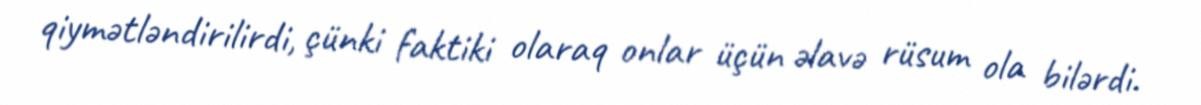
qiymətləndirilirdi, çünki faktiki olaraq onlar üçün əlavə rüsum ola bilərdi.